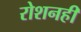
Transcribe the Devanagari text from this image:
रोशनही